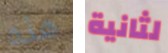
هذه لثانية